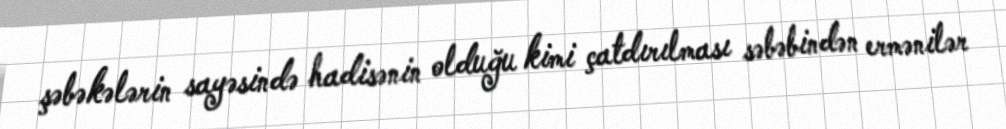
şəbəkələrin sayəsində hadisənin olduğu kimi çatdırılması səbəbindən ermənilər